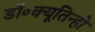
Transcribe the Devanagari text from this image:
डॉ॰क्यूतिन्हो